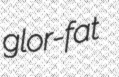
glor-fat